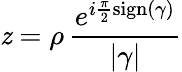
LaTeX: \mathit{z}=\rho\, \frac{{e^{i\frac{{\pi}}{{2}}\operatorname{sign}(\gamma)}}}{{|\gamma|}}